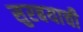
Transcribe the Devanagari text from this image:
सुरबयाची